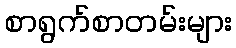
စာရွက်စာတမ်းများ